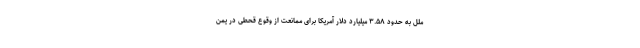
ملل به حدود ۳.۵۸ میلیارد دلار آمریکا برای ممانعت از وقوع قحطی در یمن